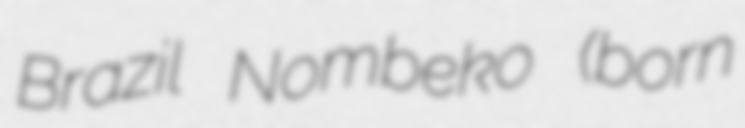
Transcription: Brazil Nombeko (born